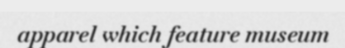
apparel which feature museum